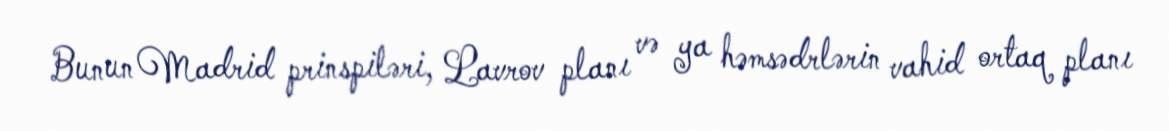
Bunun Madrid prinspiləri, Lavrov planı və ya həmsədrlərin vahid ortaq planı